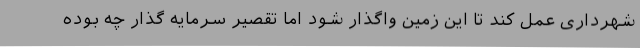
شهرداری عمل کند تا این زمین واگذار شود اما تقصیر سرمایه گذار چه بوده